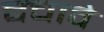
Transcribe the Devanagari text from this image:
बचावे